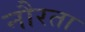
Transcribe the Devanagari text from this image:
नौरता